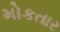
મોકતાર